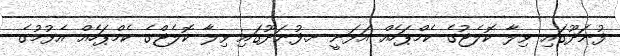
ފުނަދޫގައި ވިލާ ކޮލެޖުގެ ކެމްޕަހެއް އަޅަނީ ށ.ފުނަދޫގައި ވިލާ ކޮލެޖްގެ ކެމްޕަހެއް އެޅުމުގެ